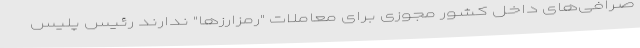
صرافی‌های داخل کشور مجوزی برای معاملات "رمزارزها" ندارند رئیس پلیس